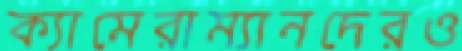
ক্যামেরাম্যানদেরও